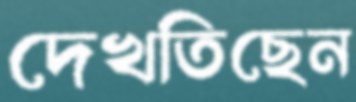
দেখতিছেন